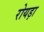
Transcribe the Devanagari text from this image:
रोयड़ा